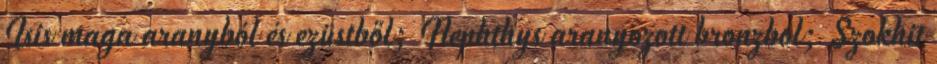
Isis maga aranyból és ezüstből; Nephthys aranyozott bronzból; Szokhit